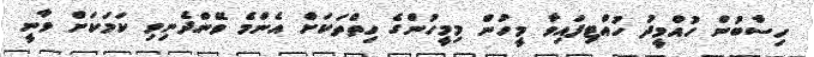
ހިސާބުން ހުއްމީދު ހުއްޓިފައިވާ މީހުން މިމީހުންގެ ހިތްތަކަށް އެންމެ ވޭންދެނިވި ކަމަކަށް ވާނީ